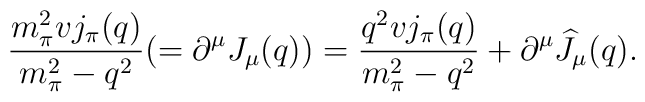
\displaystyle{\frac{m_{\pi}^2 v j_{\pi}(q)}{m_{\pi}^2-q^2}(=\partial^{\mu}J_{\mu}(q))=\frac{q^2 v j_{\pi}(q)}{m_{\pi}^2-q^2}+\partial^{\mu}\widehat J_{\mu}(q). }